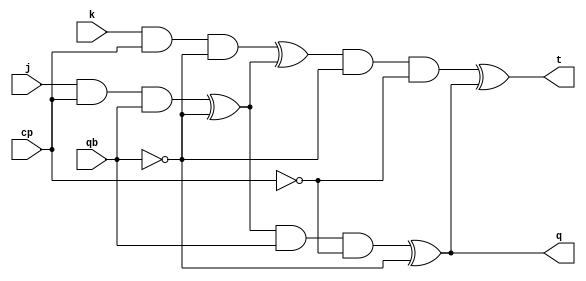
module jkmaster(j,k,cp,qb,q,t);

input j;
input k;
input cp;
input qb;
output q;
output t;

wire q1,q2,q3,q4,q5,q6;


and a1(q1,j,cp,qb);
and a2(q2,k,cp,~qb);
xor x1(q3,q1,~qb);
xor x2(q4,q2,q3);
and a3(q5,q3,qb,~cp);
and a4(q6,q4,~qb,~cp);
xor x3(q,q5,~qb);
xor x4(t,q6,q);

endmodule

module testbench();

reg j,k,cp,qb;
wire q,t;

jkmaster f1(j,k,cp,qb,q,t);

initial
begin

$monitor("CP = %b : Q[1] = %b : J = %b : K = %b : Q = %b : Q` = %b",cp,qb,j,k,q,t);
$dumpfile("jkmaster.vcd");
$dumpvars;

cp = 1'b1 ; qb = 1'b0;
j = 1'b0 ; k = 1'b0 ; #5 
j = 1'b0 ; k = 1'b1 ; #5 
j = 1'b1 ; k = 1'b0 ; #5 
j = 1'b1 ; k = 1'b1 ; #5 
j = 1'b1 ; k = 1'b1 ; #5
cp = 1'b1 ; qb = 1'b1;
j = 1'b0 ; k = 1'b0 ; #5 
j = 1'b0 ; k = 1'b1 ; #5 
j = 1'b1 ; k = 1'b0 ; #5 
j = 1'b1 ; k = 1'b1 ; #5 
j = 1'b1 ; k = 1'b1 ; #5
cp = 1'b0 ; qb = 1'b0;
j = 1'b0 ; k = 1'b0 ; #5 
j = 1'b0 ; k = 1'b1 ; #5 
j = 1'b1 ; k = 1'b0 ; #5 
j = 1'b1 ; k = 1'b1 ; #5 
j = 1'b1 ; k = 1'b1 ; #5
cp = 1'b0 ; qb = 1'b1;
j = 1'b0 ; k = 1'b0 ; #5 
j = 1'b0 ; k = 1'b1 ; #5 
j = 1'b1 ; k = 1'b0 ; #5 
j = 1'b1 ; k = 1'b1 ; #5 
j = 1'b1 ; k = 1'b1 ; #5
j = 1'b1 ; k = 1'b1 ;

end

endmodule